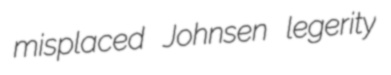
misplaced Johnsen legerity